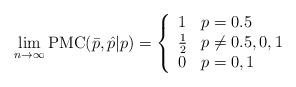
LaTeX: \begin{align*}\lim_{n \rightarrow \infty} {\rm PMC}(\bar{p}, \hat{p} | p) = \left\{ \begin{array}{ll} 1 & \mbox{$p=0.5$} \\ \frac{1}{2} & \mbox{$p \not= 0.5, 0, 1$} \\ 0 & \mbox{$p= 0, 1$} \end{array} \right.\end{align*}